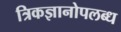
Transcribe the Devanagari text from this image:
त्रिकज्ञानोपलब्ध